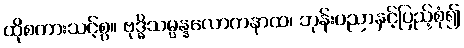
ထိုစကားသင့်စွ။ ဗုဒ္ဓိသမ္ပန္နလောကနာထ၊ ဘုန်းပညာနှင့်ပြည့်စုံ၍